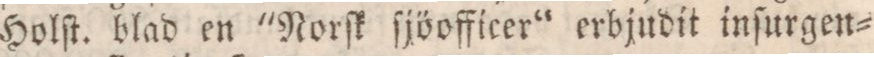
Holſt. blad en "Norſk ſjöfficer“ erbjudit inſurgen=